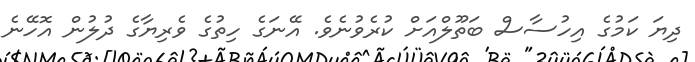
ދިޔަ ކަމުގެ އިހުސާސް ބަތޫލްއަށް ކުރެވުނެވެ. އޭނަގެ ހިތުގެ ވެރިޔާގެ ދުލުން އޮހޭނެ